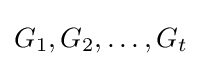
G_{1},G_{2},\ldots ,G_{t}